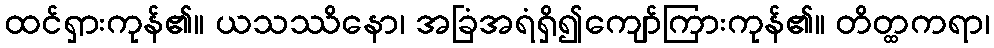
ထင်ရှားကုန်၏။ ယသဿိနော၊ အခြံအရံရှိ၍ကျော်ကြားကုန်၏။ တိတ္ထကရာ၊